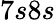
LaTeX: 7s8s